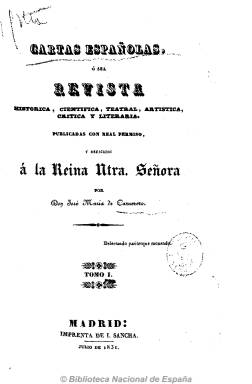
Título: Cartas españolas
Colección: Revistas de información general
Ámbito geográfico: Madrid
Lugar de publicación: Madrid
Fechas: 26/03/1831-01/11/1832

Su promotor y director fue José María de Carnerero, personaje vinculado al teatro y a la cultura que protegido primero por Godoy fue después redactor literario de la Gaceta de Madrid en la época de José Napoleón, viviendo más tarde en el Paris de Luis Felipe de Orleans. A su regreso a Madrid, con la ayuda del ministro Ballesteros, consiguió de Fernando VII la licencia para la creación de esta revista literaria, cuyo modelo fue la Revue Française, a la que llamó Cartas Españolas pues su origen fue una tertulia que se disolvió al tener sus componentes que establecerse en otros lugares, pero que quisieron mantener de forma epistolar.

Comenzó a publicarse en Madrid en la Imprenta de Sancha desde marzo de 1831, saliendo el primer año tres veces al mes y a partir de 1832 una vez a la semana. En la portada dedica la publicación a la Reina Maria Cristina con  ‘prospecto’ redactado por Estébanez Calderón, después colaborador habitual junto con Mesonero Romanos, que firma como el “Curioso Parlante”, Ventura de la Vega, Bretón de los Herreros, Roca de Togores, Gallardo y otros, autores que en ella contribuyeron al asentamiento del artículo de costumbres ya iniciado a finales del siglo XVIII y continuado en El Correo Literario y Mercantil con Mariano de Rementería. Carnerero se encargó de la crítica literaria y de artículos dedicados a la exaltación de la Familia Real.

Está considerada la primera revista española en color pues varias de las láminas litográficas que inserta, sobre todo las dedicadas a la moda, están coloreadas. A partir de noviembre de 1832 comenzó a publicarse con el título de La Revista Española.